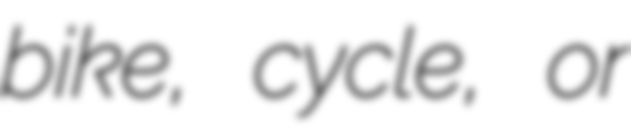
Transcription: bike, cycle, or